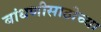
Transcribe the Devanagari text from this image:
बांधणीसाठीच्या